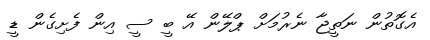
އެގޮތުން ނަތީޖާ ނެރުމަށް ޕްލޭން އޭ ބީ ސީ އިން ފެށިގެން ޑީ